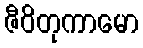
ဇီဝိတုကာမော